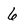
Character: 6